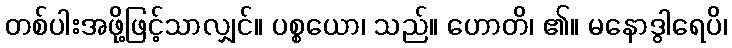
တစ်ပါးအဖို့ဖြင့်သာလျှင်။ ပစ္စယော၊ သည်။ ဟောတိ၊ ၏။ မနောဒွါရေပိ၊